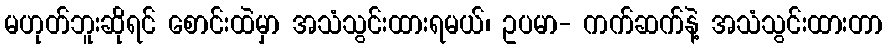
မဟုတ်ဘူးဆိုရင် စောင်းထဲမှာ အသံသွင်းထားရမယ်၊ ဥပမာ- ကက်ဆက်နဲ့ အသံသွင်းထားတာ